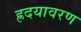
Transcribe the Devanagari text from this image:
ह्रदयावरण